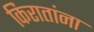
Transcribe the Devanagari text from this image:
किरातांना